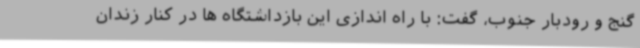
گنج و رودبار جنوب، گفت: با راه اندازی این بازداشتگاه ها در کنار زندان